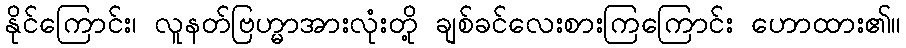
နိုင်ကြောင်း၊ လူနတ်ဗြဟ္မာအားလုံးတို့ ချစ်ခင်လေးစားကြကြောင်း ဟောထား၏။